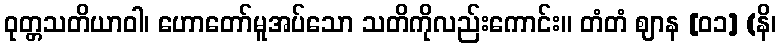
ဝုတ္တသတိယာဝါ၊ ဟောတော်မူအပ်သော သတိကိုလည်းကောင်း။ တံတံ ဈာန [၀၁] (နိ၊